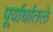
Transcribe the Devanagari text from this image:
पूर्वार्धातले